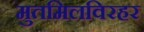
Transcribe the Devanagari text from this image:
मुतमिलविरहर